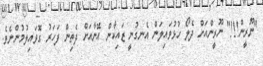
"ނޫރީން!!!" ނޫރީންއަށް ދެލޯ ހުޅުވައިލަން އެނގުނީ ޒައިކާން އޭނާއަށް ދެތިން ފަހަރު ގޮވައިލުމުންނެވެ.